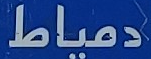
دمياط